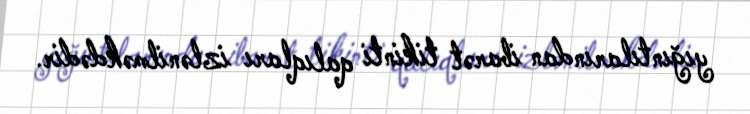
yığıntılarından ibarət tikinti qalıqları izlənilməkdədir.